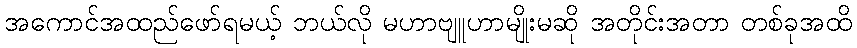
အကောင်အထည်ဖော်ရမယ့် ဘယ်လို မဟာဗျူဟာမျိုးမဆို အတိုင်းအတာ တစ်ခုအထိ